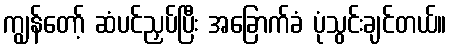
ကျွန်တော့် ဆံပင်ညှပ်ပြီး အခြောက်ခံ ပုံသွင်းချင်တယ်။